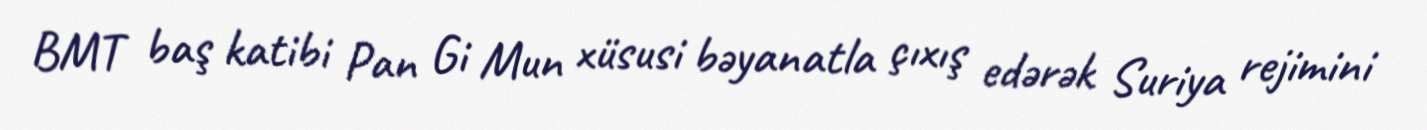
BMT baş katibi Pan Gi Mun xüsusi bəyanatla çıxış edərək Suriya rejimini